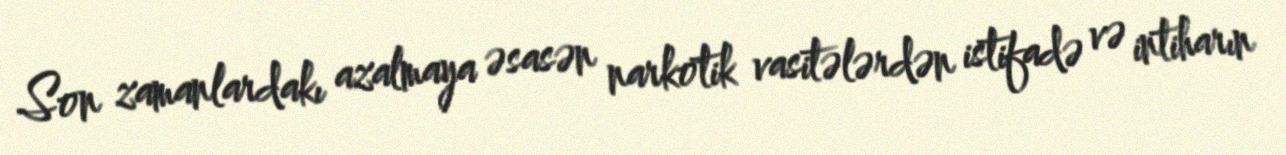
Son zamanlardakı azalmaya əsasən narkotik vasitələrdən istifadə və intiharın